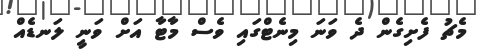
މެޗު ފެށިގެން ދެ ވަނަ މިނެޓްގައި ވެސް މާޓާ އަށް ވަނީ ލަނޑެއް